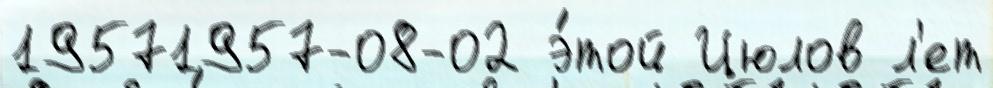
19571957-08-02 э́той Цюлов л'ет